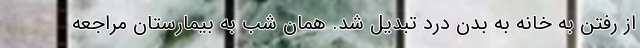
از رفتن به خانه به بدن‌ درد تبدیل شد. همان شب به بیمارستان مراجعه